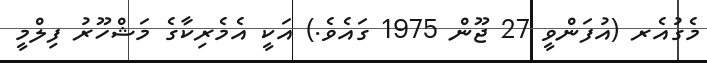
މެގުއެރ (އުފަންވީ 27 ޖޫން 1975 ގައެވެ.) އަކީ އެމެރިކާގެ މަޝްހޫރު ފިލްމީ